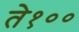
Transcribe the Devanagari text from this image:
ते१००